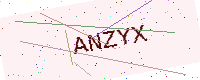
Text: ANZYX